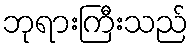
ဘုရားကြီးသည်